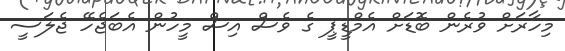
މިހާރަށް ވުރެން ބޮޑަށް އެމްޑީޕީ ގެ ވެސް އިސް މީހުން އެބަޖެހޭ ޖެލަސީ